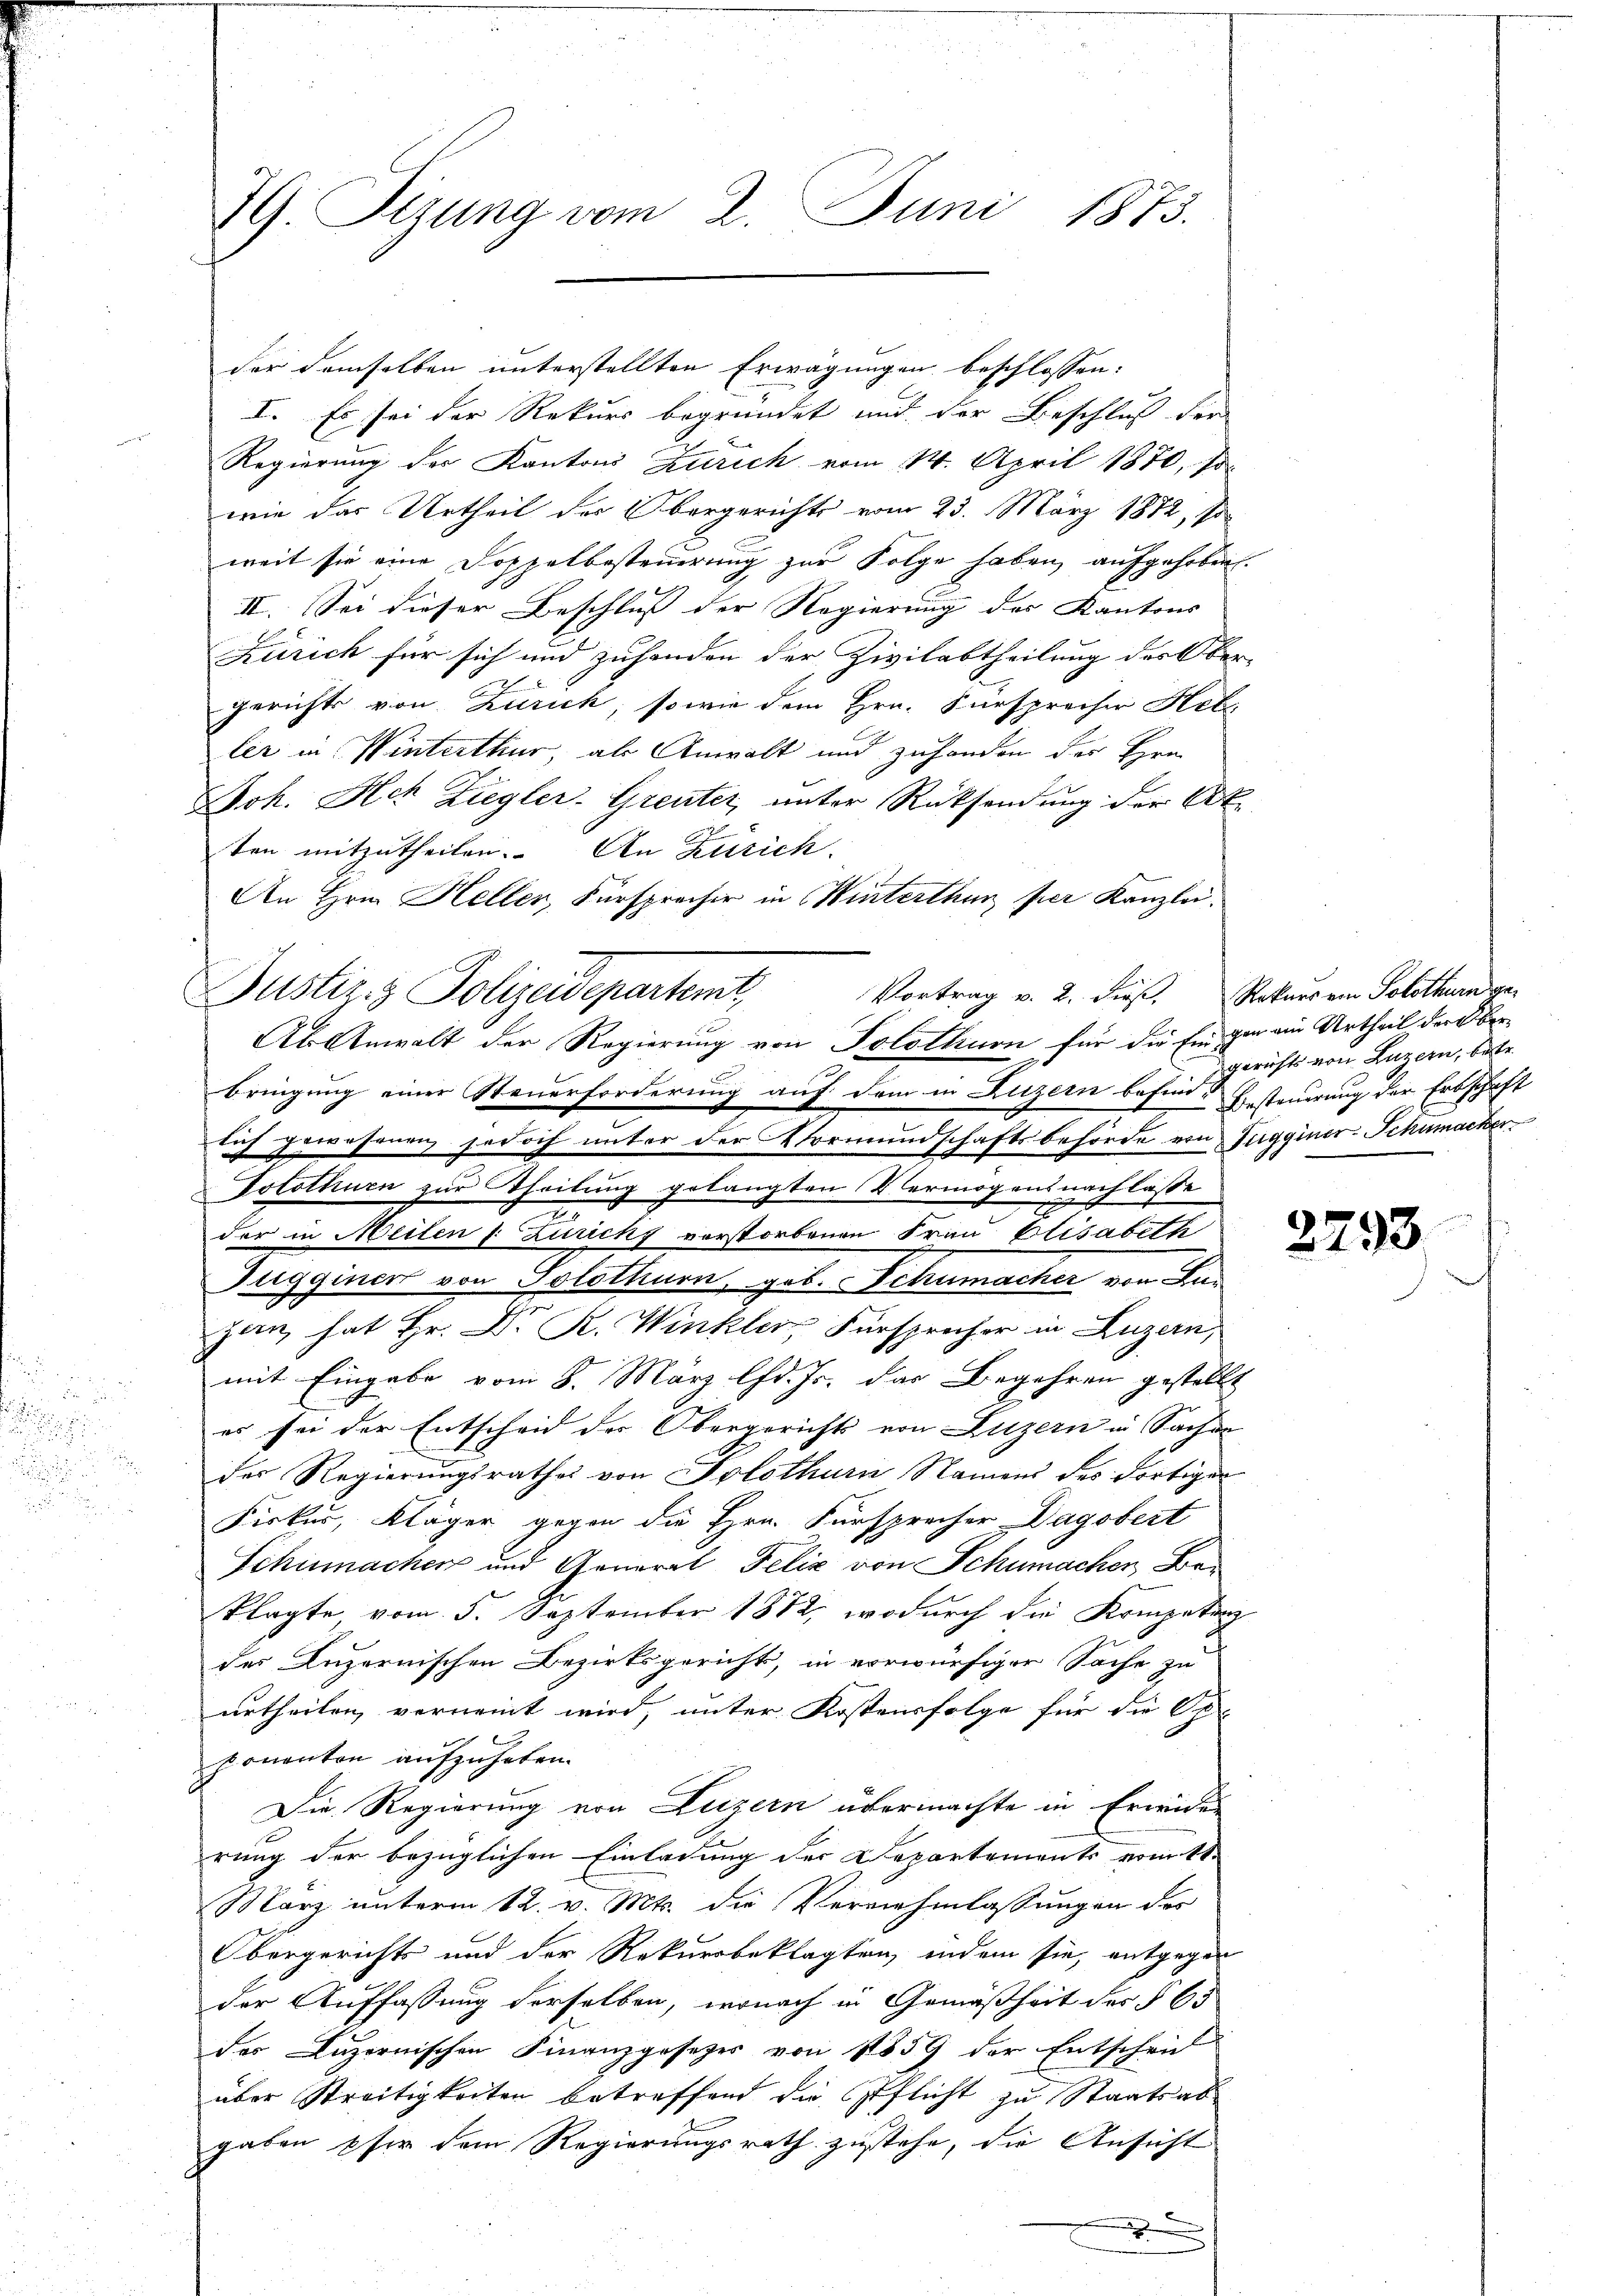
79 Sizung vom 2. Juni 1873.

der demselben unterstellten Erwägungen beschlossen:
e
I. Es sei der Rekurs begründet und der Beschluß der
Regierung des Kantons Zürich vom 14. April 1870, so
wie das Urtheil des Obergerichts vom 23. März 1872, so
weit sie eine Doppelbesteuerung zur Folge haben aufgehoben.
II. Sei dieser Beschluß der Regierung des Kantons
Zürich für sich und zuhanden der Zivilabtheilung des Ober
gerichts von Zürich, so wie dem Hrn. Fürsprecher Hele
ler in Winterthur, als Anwalt und zuhanden der Hrn.
Joh. Hch Ziegler-Greuter, unter Rücksendung der Akten mitzutheilen. An Zusich
An Hrn. Heller, Fürsprecher in Winterthur per Kanzlei.
Potothurn zur Theilung gelangten Vermögensnachlasse
.
2
der in Meilen f. Zuricky vorstorbenen Frau Elisabeth
Jugginer von Solothurn, geb. Schumacher von Anjan hat Hr. Dr. R. Winkler, Fürsprecher in Luzern,
mit Eingabe vom 8. März lfd. Js. das Begehren gestellt
es sei der Entscheid des Obergerichts von Luzern in Sachen
des Regierungsrathes von Solothurn Namens des dortigen
Firkes, Kläger gegen die Hrn. Fürsprecher Dagobert
Schumacher und General Felix von Schumachen Beklagte vom 5. September 1882, wodurch die Kompetenz
des Luzernischen Bezirksgericht, in vorwürfiger Sache zu
urtheilen, verneint wird, unter Kostensfolge für die Op
ponanton aufzuheben.
Die Regierung von Luzern übermachte in Erwide
rung der bezüglichen Einladung der Departements vom 18.
März unterm 12. v. Mts. die Vernehmlassungen des
Obergerichts und der Rekursbeklagten, indem sie, entgegen
der Auffassung derselben, wonach in Gemäßheit des § 65
des Luzernischen Finanzgesezes von 11559 der Entscheid
über Streitigkeiten betreffend die Pflicht zu Staatsabgaben für dem Regierungsrath zustehe, die Ansicht

Justiz & Polizeidepartemit Vortrag v. 2. dieß. Seiter ein Polittenge
Als Anwalt der Regierung von Solothurn für die Einger ein Urtheil der Oberbringung einer Steuerforderung auf dem in Luzern befinde Besteuerung der Erbschaft
lich gewesenen jedoch unter der Vormundschaftsbehörde von Tugginer-Schumacher

gerichts von Luzern, betr.

2793